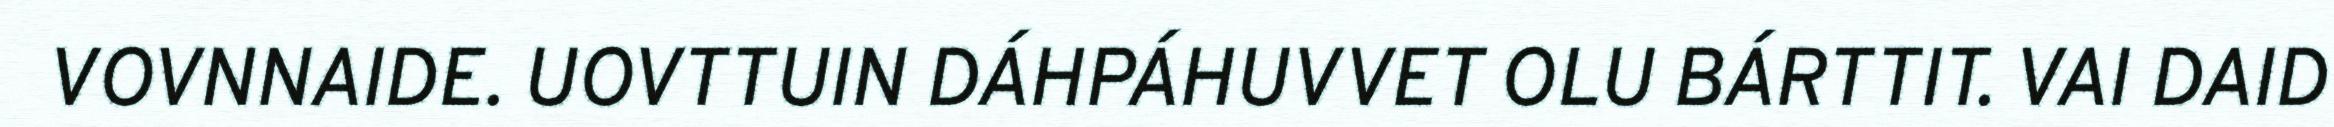
VOVNNAIDE. UOVTTUIN DÁHPÁHUVVET OLU BÁRTTIT. VAI DAID